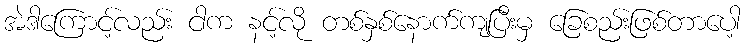
အဲဒါကြောင့်လည်း ငါက နင့်လို တစ်နှစ်နောက်ကျပြီးမှ ခြေစည်းဖြစ်တာပေါ့